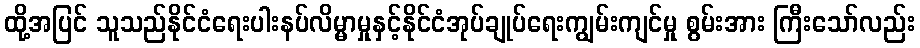
ထို့အပြင် သူသည်နိုင်ငံရေးပါးနပ်လိမ္မာမှုနှင့်နိုင်ငံအုပ်ချုပ်ရေးကျွမ်းကျင်မှု စွမ်းအား ကြီးသော်လည်း